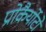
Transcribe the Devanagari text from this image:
प्रोकैर्योटों